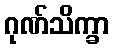
ဂုဏ်သိက္ခာ